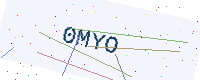
Text: 0MYO